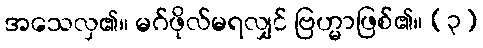
အသေလှ၏။ မဂ်ဖိုလ်မရလျှင် ဗြဟ္မာဖြစ်၏။ (၃)